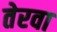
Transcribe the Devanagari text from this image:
तेरवा